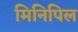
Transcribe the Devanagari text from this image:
मिनिपिल